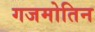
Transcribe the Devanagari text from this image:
गजमोतिन